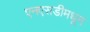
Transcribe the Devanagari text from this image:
एनएसडीमधून